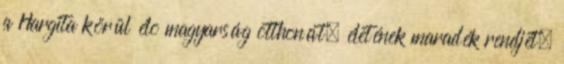
a Hargita körül élõ magyarság otthonát, életének maradék rendjét,